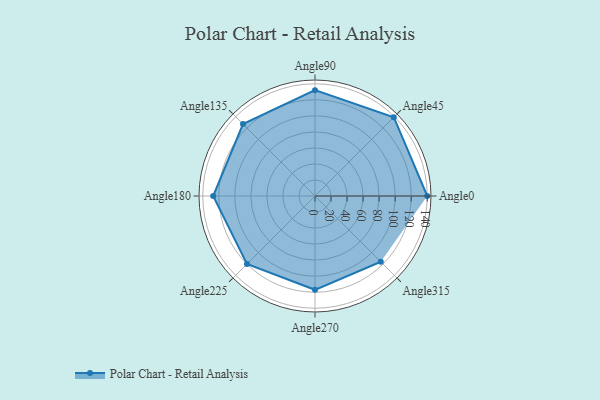
{"axis": {"x": "Angle", "y": "Radius"}, "legend": [""], "data": [{"x": "Angle0", "y": 140.0, "type": ""}, {"x": "Angle45", "y": 139.0, "type": ""}, {"x": "Angle90", "y": 132.0, "type": ""}, {"x": "Angle135", "y": 127.0, "type": ""}, {"x": "Angle180", "y": 127.0, "type": ""}, {"x": "Angle225", "y": 120.0, "type": ""}, {"x": "Angle270", "y": 117.0, "type": ""}, {"x": "Angle315", "y": 116.0, "type": ""}]}